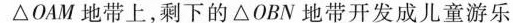
△OAM地带上，剩下的△OBN地带开发成儿童游乐